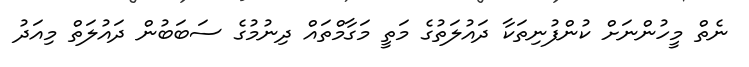
ނެތް މީހުންނަށް ކުންފުނިތަކާ ދައުލަތުގެ މަތީ މަގާމްތައް ދިނުމުގެ ސަބަބުން ދައުލަތް މިއަދު